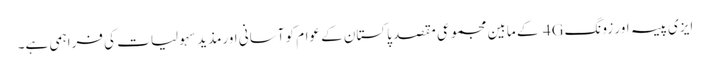
ایزی پیسہ اور زونگ 4G کے مابین مجموعی مقصد پاکستان کے عوام کو آسانی اورمذید سہولیات کی فراہمی ہے۔